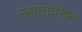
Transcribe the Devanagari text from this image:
रहाटावरुन